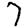
Digit: 7